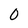
Character: O